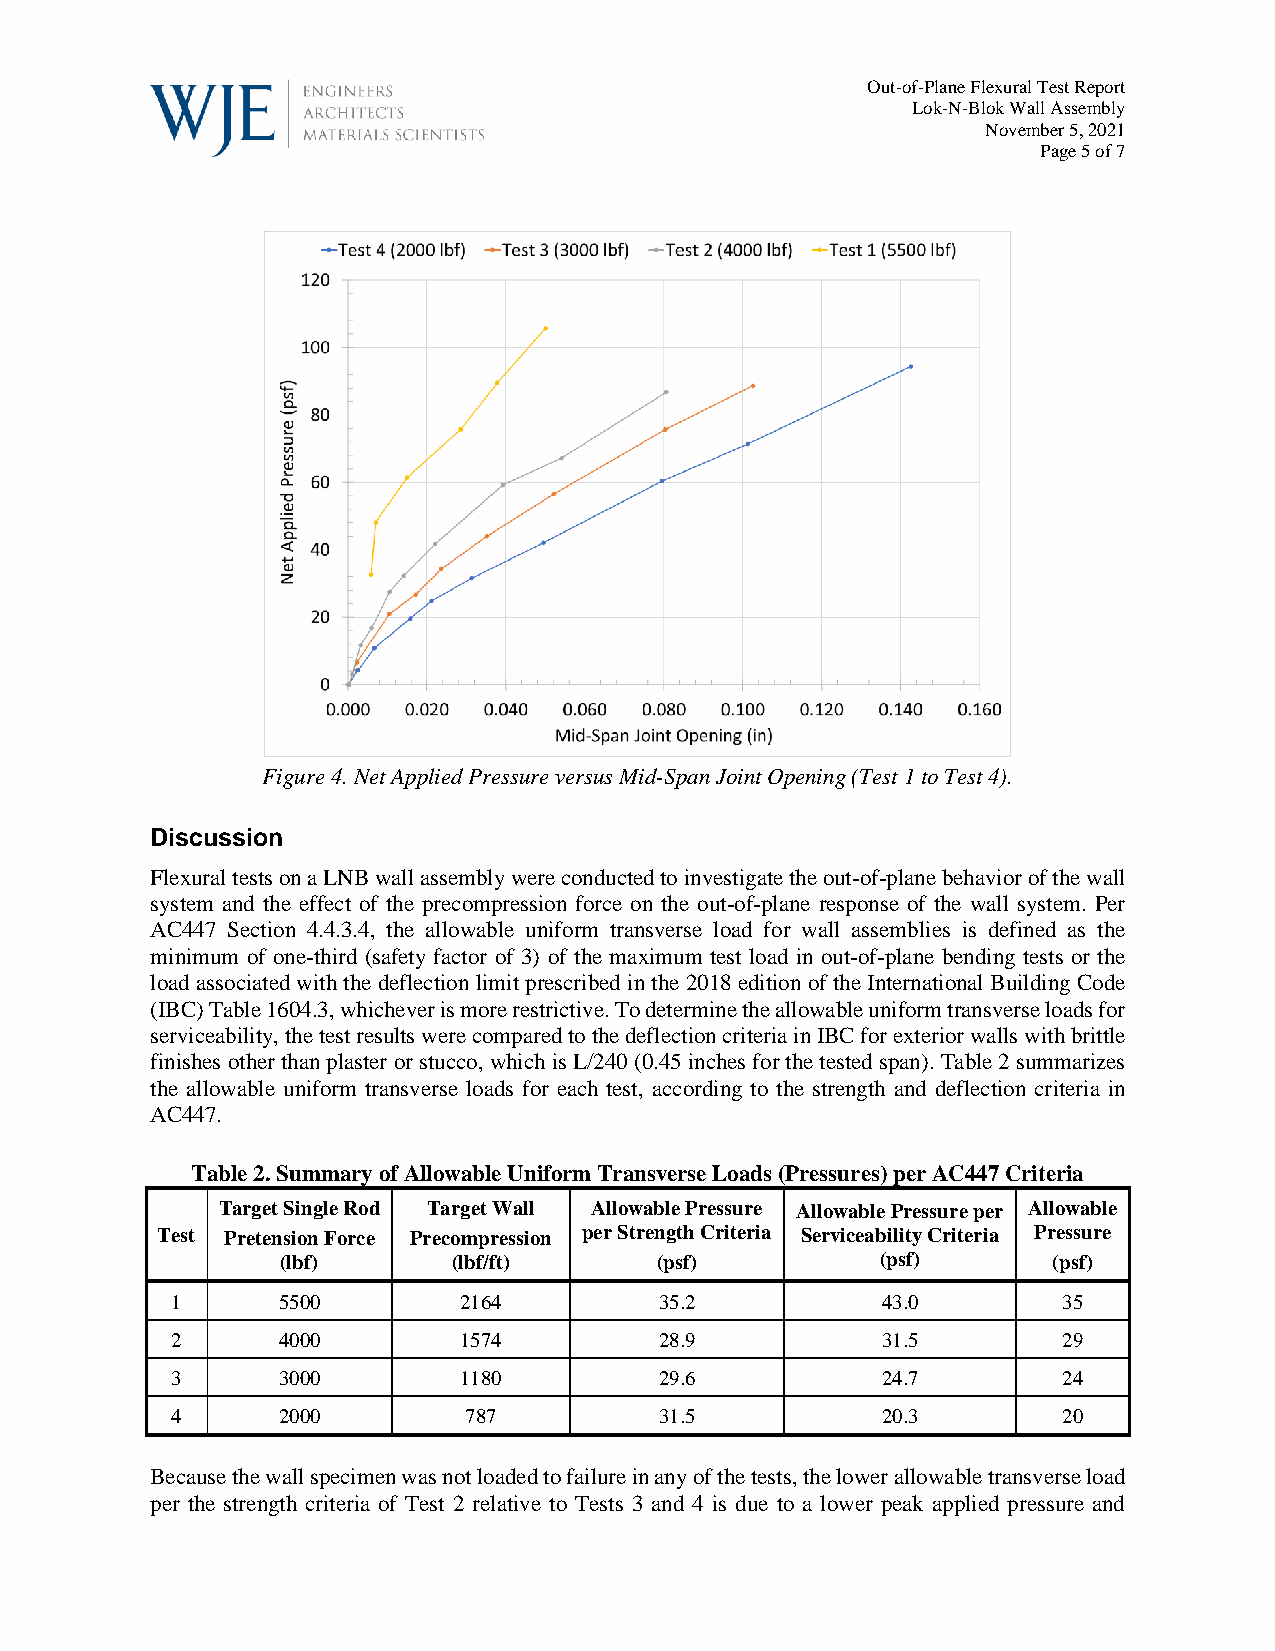
Out-of-Plane Flexural Test Report
 Lok-N-Blok Wall Assembly
 November 5, 2021
 Page 5 of 7
 Figure 4. Net Applied Pressure versus Mid-Span Joint Opening (Test 1 to Test 4).
 Discussion
 Flexural tests on a LNB wall assembly were conducted to investigate the out-of-plane behavior of the wall
 system and the effect of the precompression force on the out-of-plane response of the wall system. Per
 AC447 Section 4.4.3.4, the allowable uniform transverse load for wall assemblies is defined as the
 minimum of one-third (safety factor of 3) of the maximum test load in out-of-plane bending tests or the
 load associated with the deflection limit prescribed in the 2018 edition of the International Building Code
 (IBC) Table 1604.3, whichever is more restrictive. To determine the allowable uniform transverse loads for
 serviceability, the test results were compared to the deflection criteria in IBC for exterior walls with brittle
 finishes other than plaster or stucco, which is L/240 (0.45 inches for the tested span). Table 2 summarizes
 the allowable uniform transverse loads for each test, according to the strength and deflection criteria in
 AC447.
 Table 2. Summary of Allowable Uniform Transverse Loads (Pressures) per AC447 Criteria
 Target Single Rod Target Wall Allowable Pressure Allowable Pressure per Allowable
 Test Pretension Force Precompression per Strength Criteria Serviceability Criteria Pressure
 (lbf)      (lbf/ft)     (psf)          (psf)       (psf)
 1      5500        2164          35.2          43.0        35
 2      4000        1574          28.9          31.5        29
 3      3000        1180          29.6          24.7        24
 4      2000         787          31.5          20.3        20
 Because the wall specimen was not loaded to failure in any of the tests, the lower allowable transverse load
 per the strength criteria of Test 2 relative to Tests 3 and 4 is due to a lower peak applied pressure and